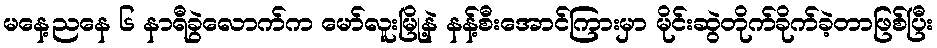
မနေ့ညနေ ၆ နာရီခွဲလောက်က မော်လူးမြို့နဲ နန့်စီးအောင်ကြားမှာ မိုင်းဆွဲတိုက်ခိုက်ခဲ့တာဖြစ်ပြီး